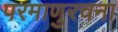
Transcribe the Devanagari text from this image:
परमाणुरचना